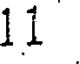
11